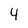
Character: 4